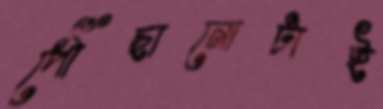
পৌঁছানোটাই